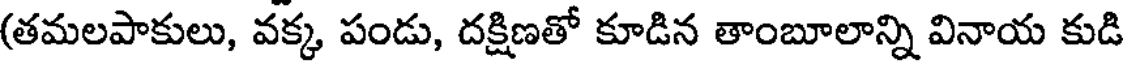
(తమలపాకులు, వక్క పండు, దక్షిణతో కూడిన తాంబూలాన్ని వినాయ కుడి